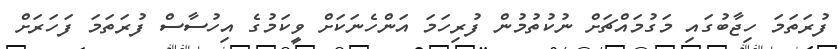
ފުރަތަމަ ހިޖާބުގައި މަގުމައްޗަށް ނުކުތުމުން ފުރިހަމަ އަންހެނަކަށް ވީކަމުގެ އިހުސާސް ފުރަތަމަ ފަހަރަށް